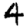
Digit: 4